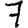
Digit: 7